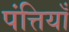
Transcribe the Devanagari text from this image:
पंत्तियाँ